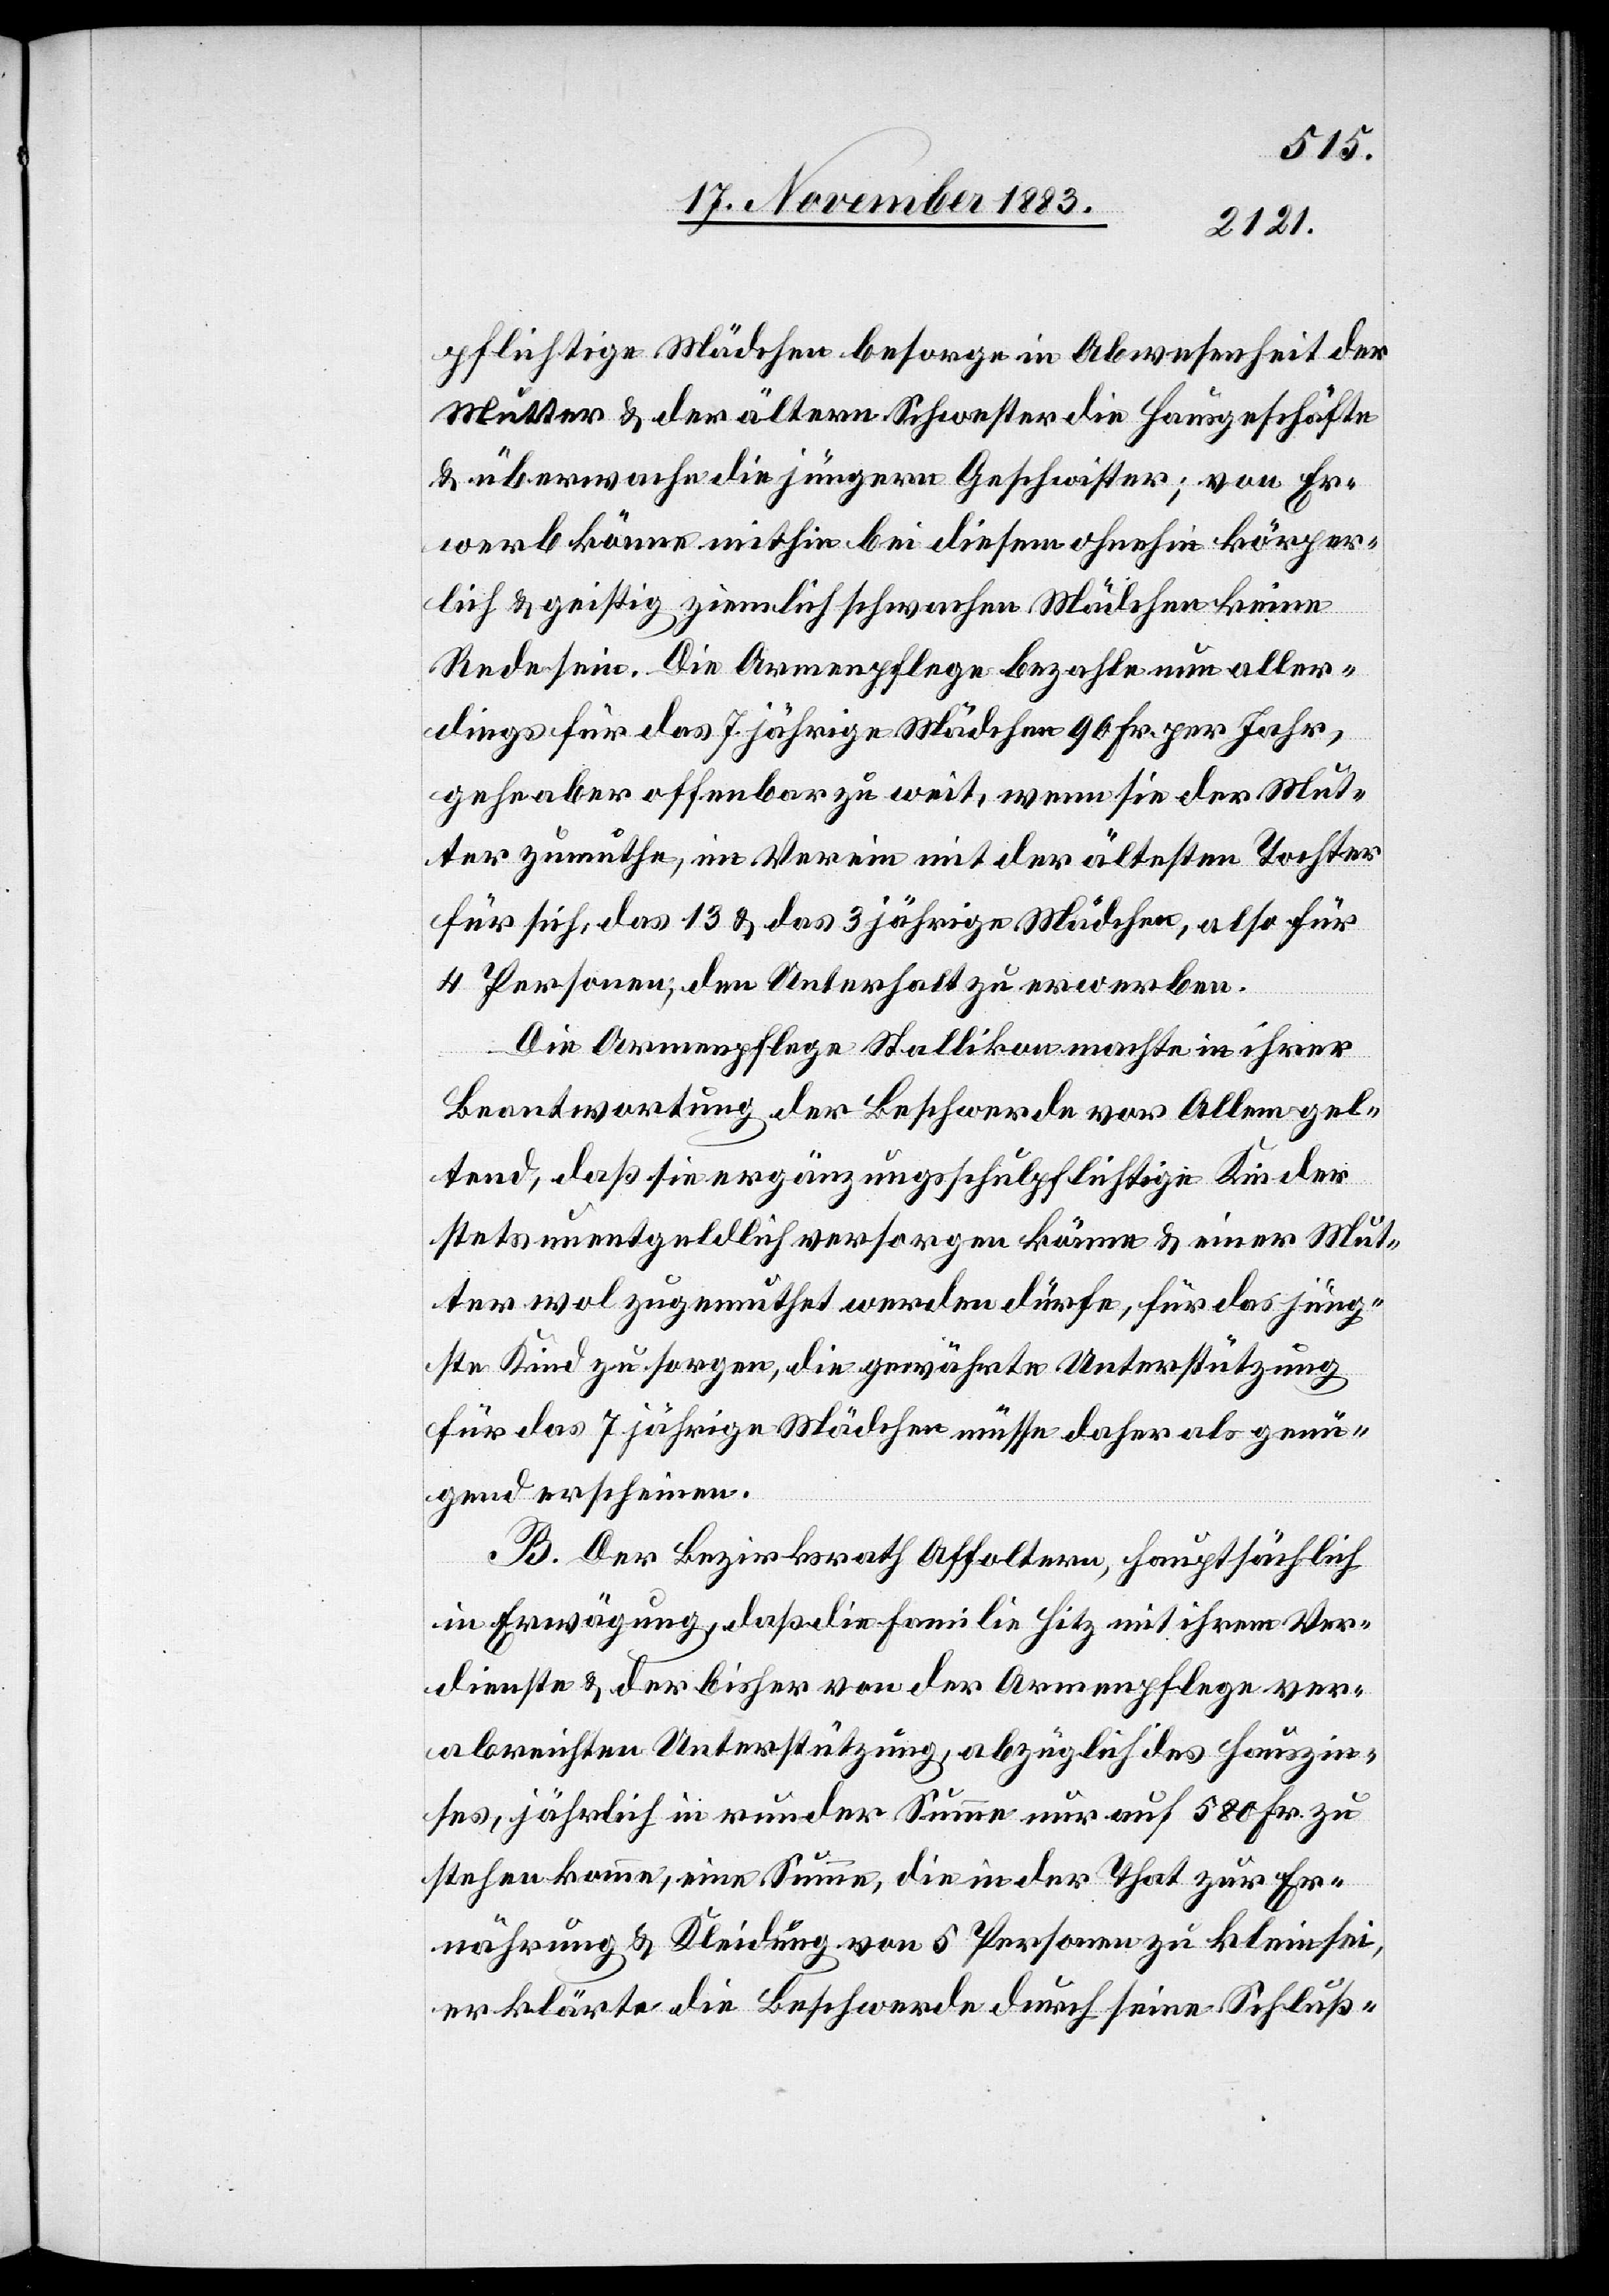
pflichtige Mädchen besorge in Abwesenheit der
Mutter & der ältern Schwester die Hausgeschäfte
& überwachen die jüngern Geschwister; von Er¬
werb könne mithin bei diesem ohnehin körper¬
lich & geistig ziemlich schwachen Mädchen keine
Rede sein. Die Armenpflege bezahle nun aller¬
dings für das 7 jährige Mädchen 90 Fr. per Jahr,
gehe aber offenbar zu weit, wenn sie der Mut¬
ter zumuthe, im Verein mit der ältesten Tochter
für sich, das 13 & das 3 jährige Mädchen, also für
4 Personen; den Unterhalt zu erwerben.
Die Armenpflege Stallikon machte in ihrer
Beantwortung der Beschwerde vor Allem gel¬
tend, daß sie ergänzungsschulpflichtige Kinder
stets unentgeldlich versorgen könne & einer Mut¬
ter wol zugemuthet werden dürfe, für das jüng¬
ste Kind zu sorgen, die gewährte Unterstützung
für das 7 jährige Mädchen müsse daher als genü¬
gend erscheinen.
B. Der Bezirksrath Affoltern, hauptsächlich
in Erwägung, daß die Familie Hitz mit ihrem Ver¬
dienste & der bisher von der Armenpflege ver¬
abreichten Unterstützung, abzüglich des Hauszin¬
ses, jährlich in runder Summe nur auf 580 Fr. zu
stehen komme, eine Summe, die in der That zur Er¬
nährung & Kleidung von 5 Personen zu klein sei,
er klärte die Beschwerde durch seine Schluß-